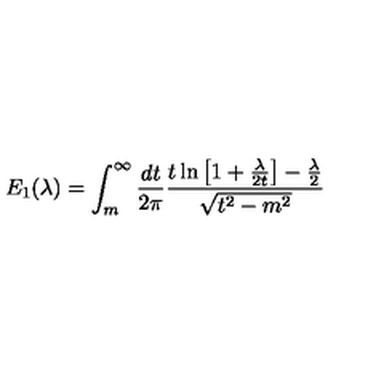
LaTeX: E _ { 1 } ( \lambda ) = \int _ { m } ^ { \infty } \frac { d t } { 2 \pi } \frac { t \ln \left[ 1 + \frac { \lambda } { 2 t } \right] - \frac { \lambda } { 2 } } { \sqrt { t ^ { 2 } - m ^ { 2 } } }